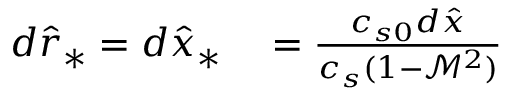
\begin{array} { r l } { d \hat { r } _ { * } = d \hat { x } _ { * } } & { { } = \frac { c _ { s 0 } d \hat { x } } { c _ { s } ( 1 - \mathcal { M } ^ { 2 } ) } } \end{array}